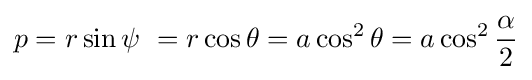
p=r\sin \psi \ =r\cos \theta =a\cos ^{2}\theta =a\cos ^{2}{\alpha  \over 2}